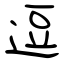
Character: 逗